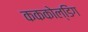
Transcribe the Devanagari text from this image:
कककोल्डिंग